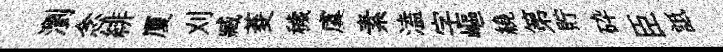
瀏念緋厦刈臧菱穢虞素溘字嶇繞第貯砕臣詆